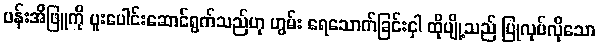
ပန်းအိဖြူကို ပူးပေါင်းဆောင်ရွက်သည်ဟု ဟွမ်း ရေသောက်ခြင်းငှါ ထိုပျို့သည် ပြုလုပ်လိုသော